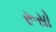
રૂસો